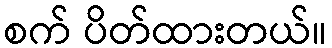
စက် ပိတ်ထားတယ်။